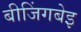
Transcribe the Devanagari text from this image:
बीजिंगबेइ